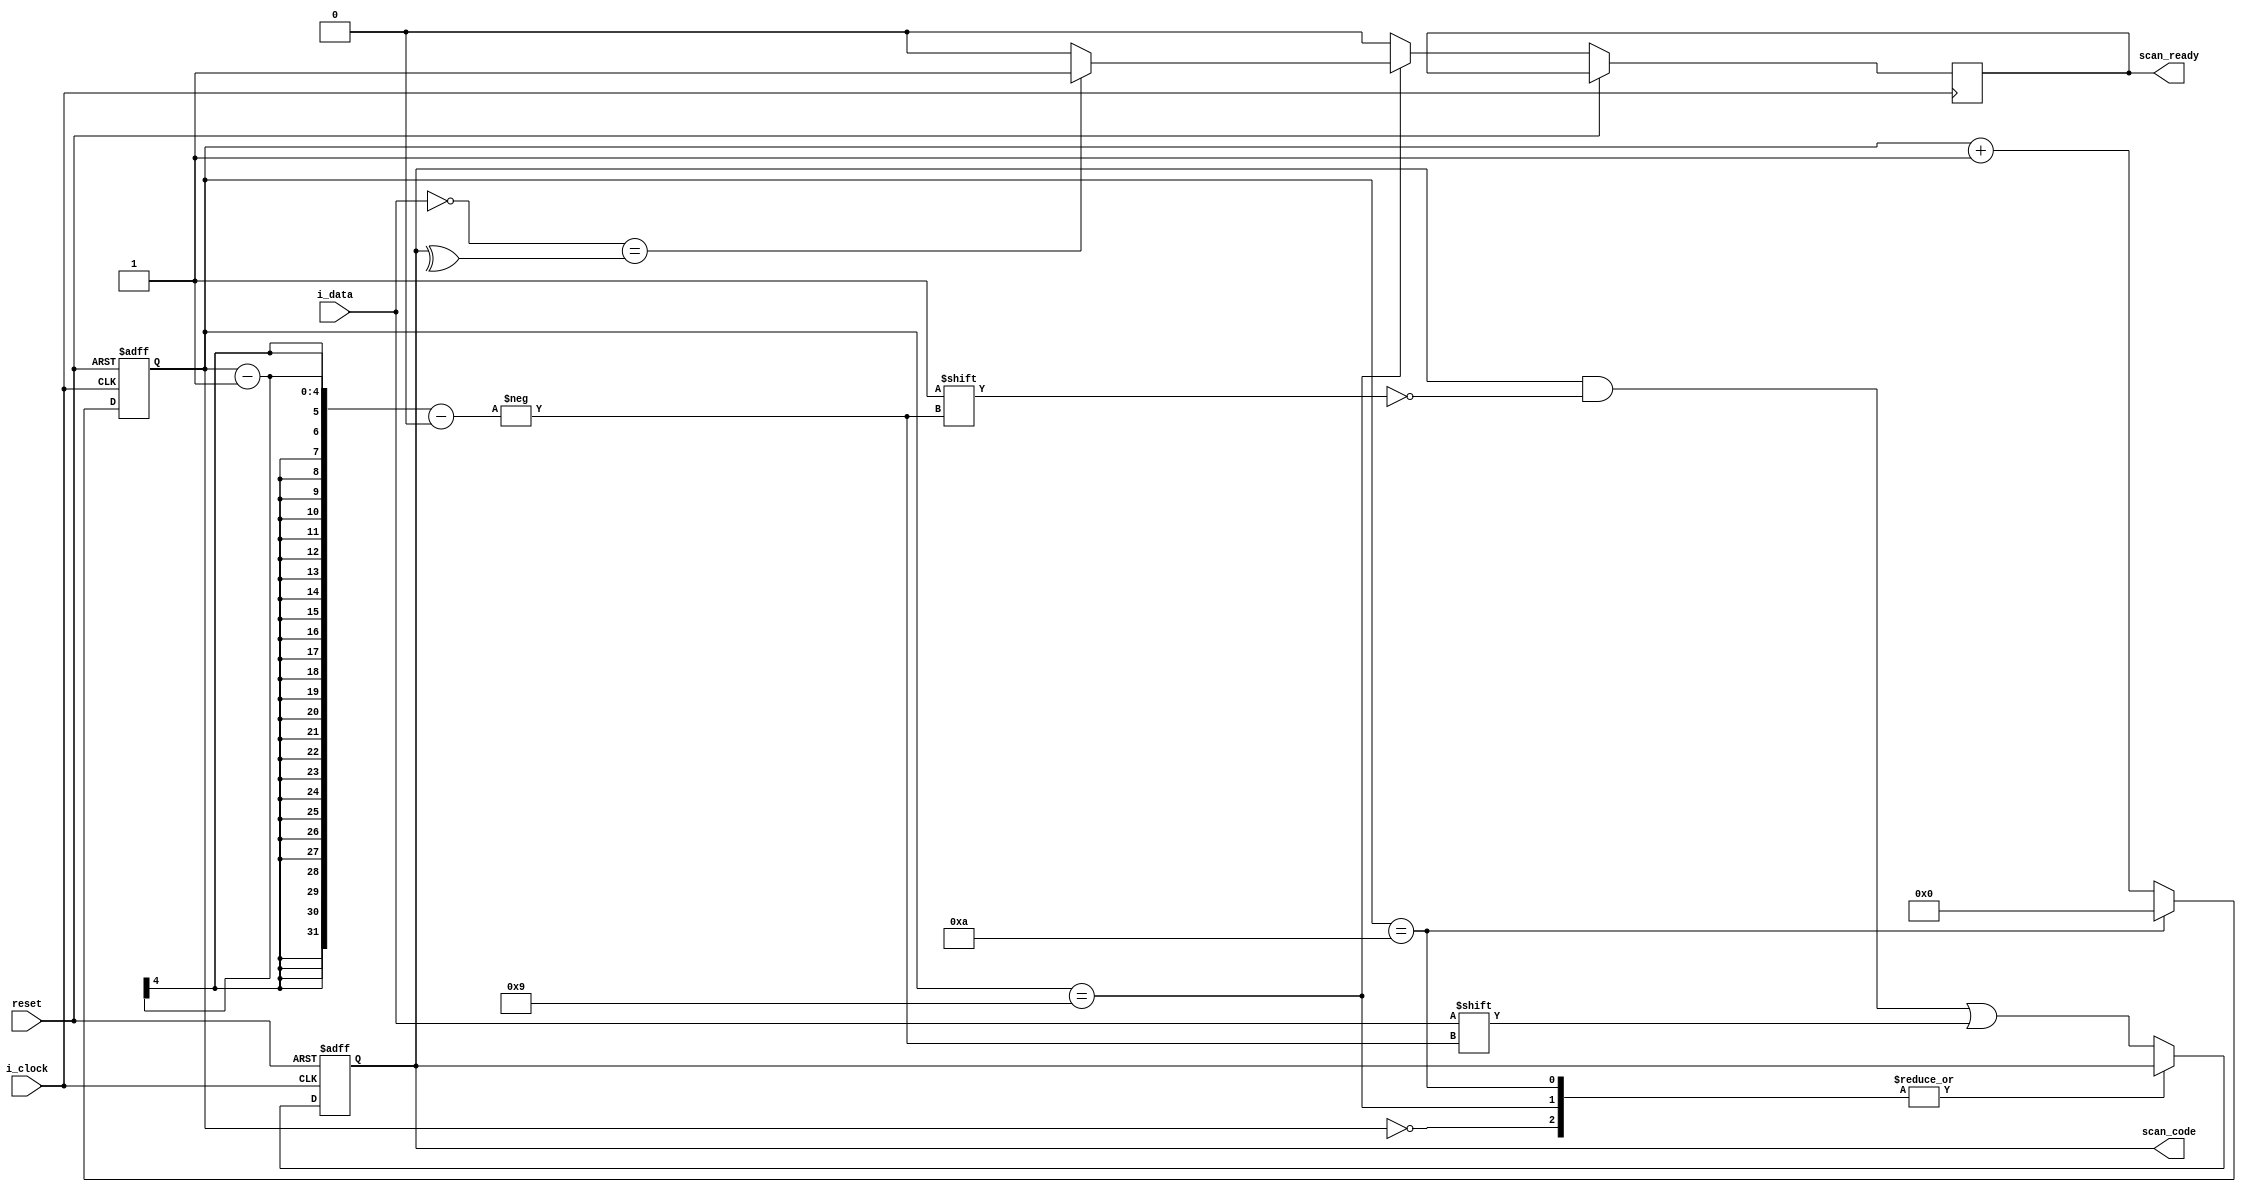
/**
 * Decodes the ps2 data into scan codes. 
 *
 * The ps2 protocol is here http://www.computer-engineering.org/ps2protocol/
 */
 
 
module ps2decoder (
    input reset,
    input i_clock,
    input i_data,
    output scan_ready,
    output [7:0] scan_code
);

    reg [7:0] r_scan_code;
    reg [3:0] state_reg;
    reg ready;


    assign scan_code = r_scan_code;
    assign scan_ready = ready;

    // i_clock is goes low 15us after the data is set.
    always @(negedge i_clock or posedge reset) begin
        if (reset) begin 
            state_reg <= 4'b0;
            r_scan_code <= 8'b0;
        end 
        else begin 
            
            case (state_reg)
            4'd0: // 1 start bit.  This is always 0.
                begin
                    state_reg <= state_reg + 1'b1;
                    ready <= 1'b0;
                end
            4'd9: // 1 parity bit (odd parity).
                begin
                    if (!i_data == ^r_scan_code) begin 
                        ready <= 1'b1;
                    end else begin
                        ready <= 1'b0;
                    end
                    state_reg <= state_reg + 1'b1;
                end
            4'd10: // 1 stop bit.  This is always 1.
                begin
                    state_reg <= 4'b0;
                    ready <= 1'b0;
                end
            default: // 8 data bits, least significant bit first.
                begin
                    //r_scan_code <= {r_scan_code[6:0], i_data};
                    r_scan_code[state_reg - 1] <= i_data;
                    state_reg <= state_reg + 1'b1;
                    ready <= 1'b0;
                end
            endcase
        end
    end

    
endmodule